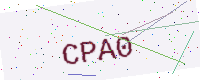
Text: CPA0